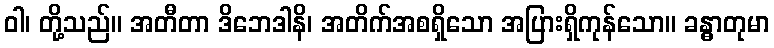
ဝါ၊ တို့သည်။ အတီတာ ဒိဘေဒါနိ၊ အတိက်အစရှိသော အပြားရှိကုန်သော။ ခန္ဓာတုမာ